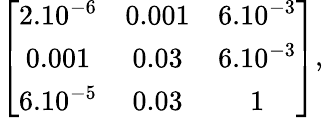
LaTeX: \left[\begin{array}{ccc}{{2.10^{-6}}}&{{0.001}}&{{6.10^{-3}}}\\ {{0.001}}&{{0.03}}&{{6.10^{-3}}}\\ {{6.10^{-5}}}&{{0.03}}&{{1}}\end{array}\right],